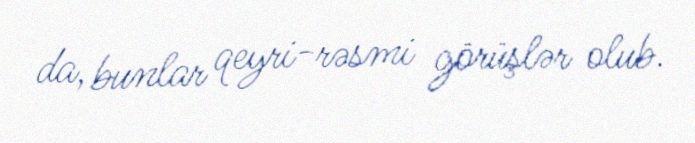
da, bunlar qeyri-rəsmi görüşlər olub.